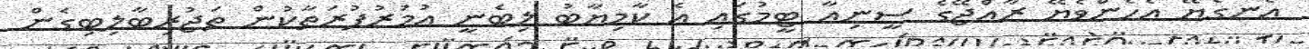
އެނގެޔޭ އެހެންވެޔޭ ރާއްޖޭގެ ސީނިއާ ޓީމުގައި އެ ކާމިޔާބު ލިބެނީ އުމުރުފުރަތާކުން ތަޖުރިބާލިބިގެން